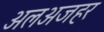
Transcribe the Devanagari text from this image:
अलअजहर